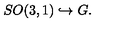
S O ( 3 , 1 ) \hookrightarrow G .